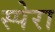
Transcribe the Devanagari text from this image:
स्पेरा